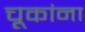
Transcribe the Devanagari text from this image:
चूकांना